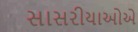
સાસરીયાઓએ